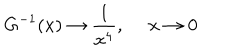
G ^ { - 1 } ( x ) \rightarrow { \frac { 1 } { x ^ { 4 } } } , ~ ~ x \rightarrow 0